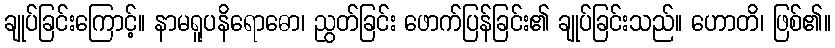
ချုပ်ခြင်းကြောင့်။ နာမရူပနိရောဓော၊ ညွတ်ခြင်း ဖောက်ပြန်ခြင်း၏ ချုပ်ခြင်းသည်။ ဟောတိ၊ ဖြစ်၏။